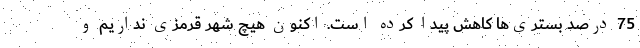
75 درصد بستری‌ها کاهش پیدا کرده است. اکنون هیچ شهر قرمزی نداریم و